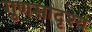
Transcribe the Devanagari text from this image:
गुणसादृश्य